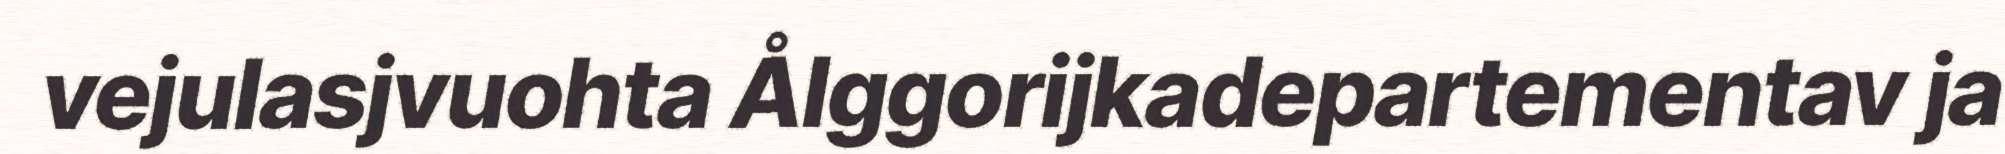
vejulasjvuohta Ålggorijkadepartementav ja